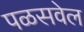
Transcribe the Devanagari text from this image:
पळसवेल